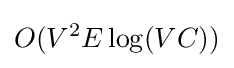
O(V^{2}E\log(VC))